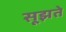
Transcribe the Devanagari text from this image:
सूझते